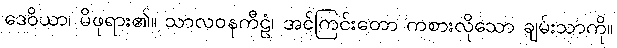
ဒေဝိယာ၊ မိဖုရား၏။ သာလဝနကီဠံ၊ အင်ကြင်းတော ကစားလိုသော ချမ်းသာကို။